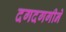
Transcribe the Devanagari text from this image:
दगदगगीने